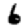
Digit: 6